Report of the Municipal Commissioner on the plague in Bombay for the year ending 31st May... - Volume 1
Disease focus: Plague
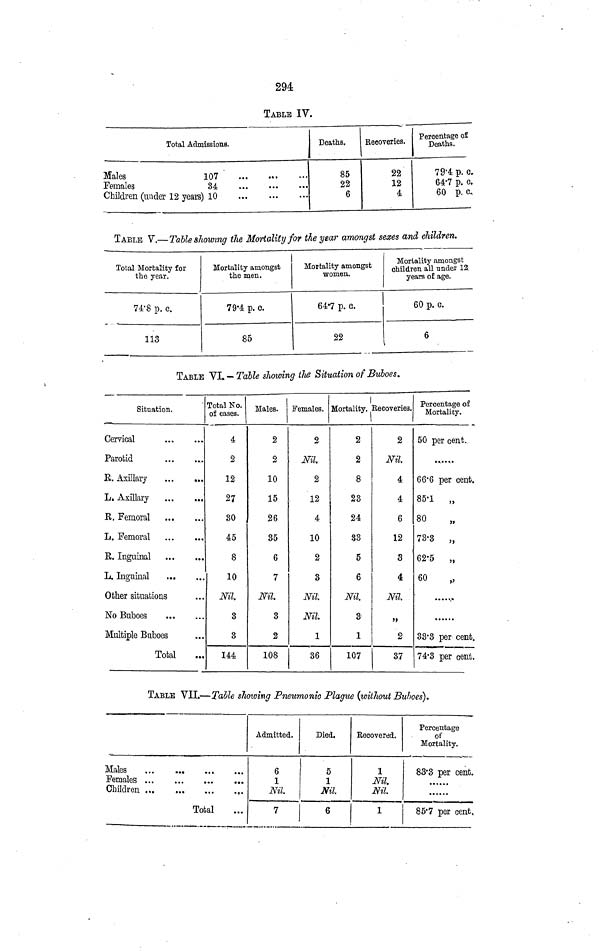
294
TABLE IV.
Total Admissions.
Males
Females
Children (under 12 years)
107
34
10
...
• · ·
...
...
...
Deaths.
85
22
6
Recoveries.
22
12
4
Percentage of
Deaths.
79.4 p. c.
64.7 p. c.
60 p. c..
TABLE V.—Table showing the Mortality for the year amongst sexes and children.
Total Morbality for
the year.
74.8 p. C.
113
Mortality amongst
the men.
79.4 p. C.
85
Mortality amongst
women.
64.7 p. G.
22
Mortality amongst
children ail under 12
years of age.
60 p. c.
6
TABLE VI. - Table showing the Situation of Buboes.
Situation.
Cervical
Parotid
R. Axillary
L. Axillary
R. Femoral
L. Femoral
R. Inguinal
L. Inguinal
...
Other situations
No Buboes
Multiple Buboes
Total
...
...
···
• •t
...
...
...
...
...
...
...
···
Total No.
of cases.
4
2
12
27
30
45
8
10
Nil.
3
3
144
Males.
2
2
10
15
26
35
6
7
Nil.
3
2
108
Females.
2
Nil.
2
12
4
10
2
3
Nil.
Nil.
1
36
I
Mortality.
1
2
2
8
23
24
33
5
6
Nil.
3
1
107
Recoveries.
2
Nil.
4
4
6
12
3
4
2
37
Percentage of
Mortality.
50 per cent.
6 6. 6 per cent.
85.1
„
80
73.3
„
62.5
„
60
.......
33.3 per cent.
74·3 per cent.
TABLE VII.—Table showing Pneumonic Plague (without Buboes).
Males
Females
Children
Total
Admitted.
6
1
Nil.
7
Died.
5
1
Nil.
6
Recovered.
1
Nil
1
Percentage
of
Mortality.
83.3 per cent.
85.7 per cent,